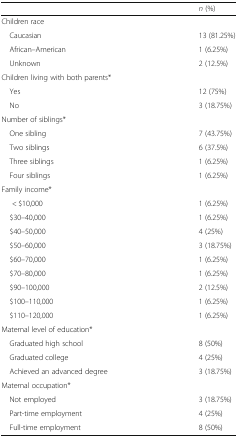
<table><thead><tr><td></td><td><b><i>n</i> (%)</b></td></tr></thead><tbody><tr><td colspan="2">Children race</td></tr><tr><td> Caucasian</td><td>13 (81.25%)</td></tr><tr><td> African–American</td><td>1 (6.25%)</td></tr><tr><td> Unknown</td><td>2 (12.5%)</td></tr><tr><td colspan="2">Children living with both parents*</td></tr><tr><td> Yes</td><td>12 (75%)</td></tr><tr><td> No</td><td>3 (18.75%)</td></tr><tr><td colspan="2">Number of siblings*</td></tr><tr><td> One sibling</td><td>7 (43.75%)</td></tr><tr><td> Two siblings</td><td>6 (37.5%)</td></tr><tr><td> Three siblings</td><td>1 (6.25%)</td></tr><tr><td> Four siblings</td><td>1 (6.25%)</td></tr><tr><td colspan="2">Family income*</td></tr><tr><td>&lt; $10,000</td><td>1 (6.25%)</td></tr><tr><td> $30–40,000</td><td>1 (6.25%)</td></tr><tr><td> $40–50,000</td><td>4 (25%)</td></tr><tr><td> $50–60,000</td><td>3 (18.75%)</td></tr><tr><td> $60–70,000</td><td>1 (6.25%)</td></tr><tr><td> $70–80,000</td><td>1 (6.25%)</td></tr><tr><td> $90–100,000</td><td>2 (12.5%)</td></tr><tr><td> $100–110,000</td><td>1 (6.25%)</td></tr><tr><td> $110–120,000</td><td>1 (6.25%)</td></tr><tr><td colspan="2">Maternal level of education*</td></tr><tr><td> Graduated high school</td><td>8 (50%)</td></tr><tr><td> Graduated college</td><td>4 (25%)</td></tr><tr><td> Achieved an advanced degree</td><td>3 (18.75%)</td></tr><tr><td colspan="2">Maternal occupation*</td></tr><tr><td> Not employed</td><td>3 (18.75%)</td></tr><tr><td> Part-time employment</td><td>4 (25%)</td></tr><tr><td> Full-time employment</td><td>8 (50%)</td></tr></tbody></table>